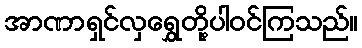
အာဏာရှင်လှရွှေတို့ပါဝင်ကြသည်။